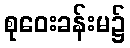
စုဝေးခန်းမ၌